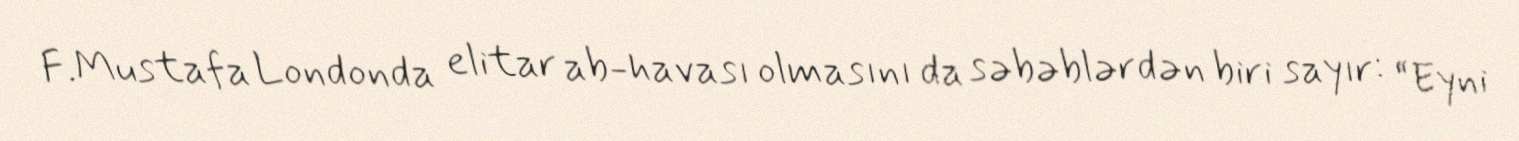
F.Mustafa Londonda elitar ab-havası olmasını da səbəblərdən biri sayır: “Eyni